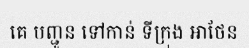
គេ បញ្ជូន ទៅកាន់ ទីក្រុង អាថែន